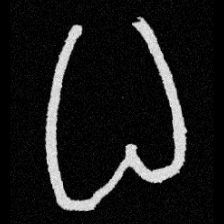
Pyu character \u2014 Myanmar letter: ဓ (romanized: dha)